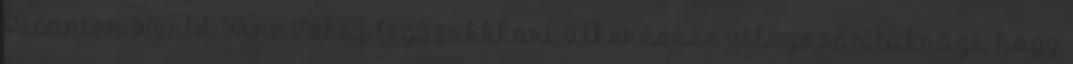
Decanter World Wine Tokaj legújabbkori útkeresése világosan tükrözi, hogy